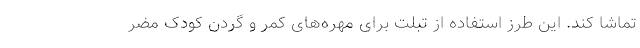
تماشا کند. این طرز استفاده از تبلت برای مهره‌های کمر و گردن کودک مضر